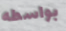
بواسطه